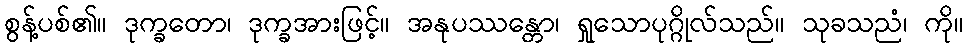
စွန့်ပစ်၏။ ဒုက္ခတော၊ ဒုက္ခအားဖြင့်။ အနုပဿန္တော၊ ရှုသောပုဂ္ဂိုလ်သည်။ သုခသညံ၊ ကို။